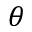
\theta